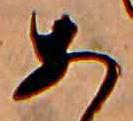
あ